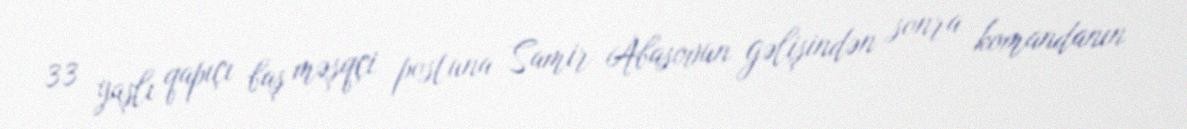
33 yaşlı qapıçı baş məşqçi postuna Samir Abasovun gəlişindən sonra komandanın